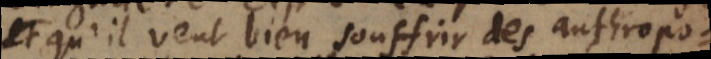
e, qu’il veut bien souffrir des anthropo